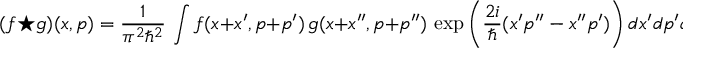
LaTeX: ( f \star g ) ( x , p ) = { \frac { 1 } { \pi ^ { 2 } \hbar ^ { 2 } } } \, \int f ( x + x ^ { \prime } , p + p ^ { \prime } ) \, g ( x + x ^ { \prime \prime } , p + p ^ { \prime \prime } ) \, \exp { \left( { \frac { 2 i } { \hbar } } ( x ^ { \prime } p ^ { \prime \prime } - x ^ { \prime \prime } p ^ { \prime } ) \right) } \, d x ^ { \prime } d p ^ { \prime } d x ^ { \prime \prime } d p ^ { \prime \prime } ~ .